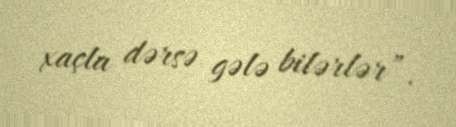
xaçla dərsə gələ bilərlər”.